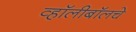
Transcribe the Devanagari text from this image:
व्हॉलीबॉलचे